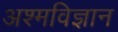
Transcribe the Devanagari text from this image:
अश्मविज्ञान